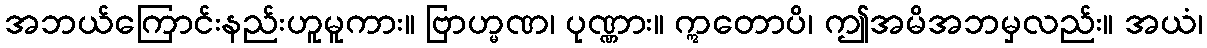
အဘယ်ကြောင်းနည်းဟူမူကား။ ဗြာဟ္မဏ၊ ပုဏ္ဏား။ ဣတောပိ၊ ဤအမိအဘမှလည်း။ အယံ၊